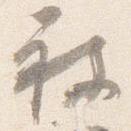
被